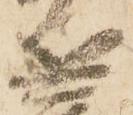
兵